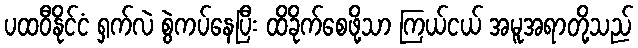
ပထဝီနိုင်ငံ ရှက်လဲ စွဲကပ်နေပြီး ထိခိုက်စေဖို့သာ ကြယ်ငယ် အမူအရာတို့သည်